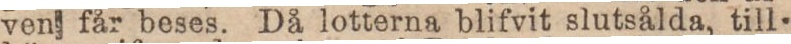
ven får beses. Då lotterna blifvit slutsålda, till-